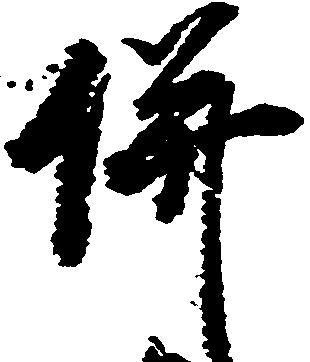
併